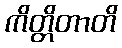
ကိတ္တိတာတိ